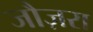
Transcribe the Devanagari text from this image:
जौज़रा